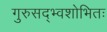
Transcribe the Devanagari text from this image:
गुरुसद्भ्वशोभितः